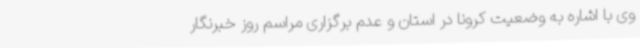
وی با اشاره به وضعیت کرونا در استان و عدم برگزاری مراسم روز خبرنگار